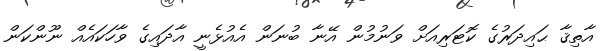
އާތިޤާ ޙައިދަރުގެ ކޮޓަރިއަށް ވަނުމުން އޭނާ ބުނަން އެއުޅެނީ އާދައިގެ ވާހަކައެއް ނޫންކަން